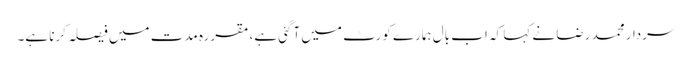
سردار محمد رضا نے کہا کہ اب بال ہمارے کورٹ میں آگئی ہے، مقررہ مدت میں فیصلہ کرنا ہے۔